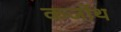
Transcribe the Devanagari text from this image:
कर्जोथ